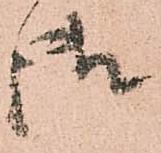
御